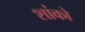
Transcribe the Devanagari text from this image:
शांको